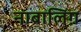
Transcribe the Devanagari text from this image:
नाबालिग़